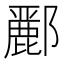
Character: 𮠑